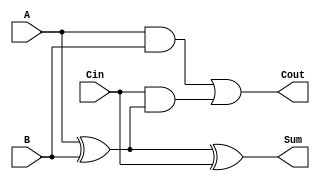
module FullAdder (
    input wire A,         // First input bit
    input wire B,         // Second input bit
    input wire Cin,       // Carry-in bit
    output wire Sum,      // Sum output
    output wire Cout      // Carry-out output
);

    wire AxorB;          // Intermediate result for A XOR B

    // XOR gates to calculate Sum
    assign AxorB = A ^ B;       // First XOR gate: A XOR B
    assign Sum = AxorB ^ Cin;   // Second XOR gate: (A XOR B) XOR Cin

    // AND and OR gates to calculate Cout
    assign Cout = (A & B) | (Cin & AxorB); // Cout = (A AND B) OR (Cin AND (A XOR B))

endmodule